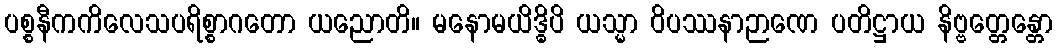
ပစ္စနီကကိလေသပရိစ္စာဂတော ယညောတိ။ မနောမယိဒ္ဓိပိ ယသ္မာ ဝိပဿနာဉာဏေ ပတိဋ္ဌာယ နိဗ္ဗတ္တေန္တော